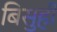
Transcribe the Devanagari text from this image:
बिसुही